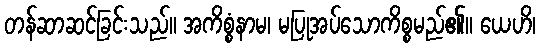
တန်ဆာဆင်ခြင်းသည်။ အကိစ္စံနာမ၊ မပြုအပ်သောကိစ္စမည်၏။ ယေဟိ၊